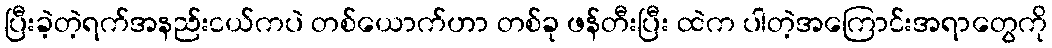
ပြီးခဲ့တဲ့ရက်အနည်းငယ်ကပဲ တစ်ယောက်ဟာ တစ်ခု ဖန်တီးပြီး ထဲက ပါတဲ့အကြောင်းအရာတွေကို